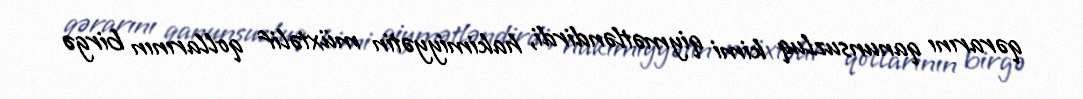
qərarını qanunsuzluq kimi qiymətləndirdi, hakimiyyətin müxtəlif qollarının birgə